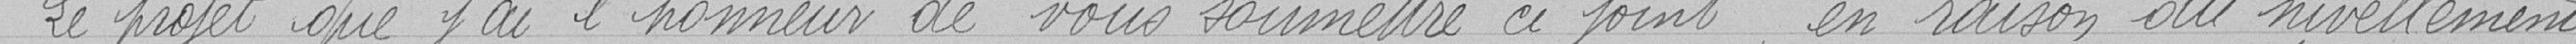
Le projet que j'ai l'honneur de vous soumettre ci-joint, en raison du nivellement